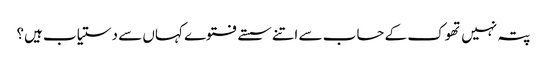
پتہ نہیں تھوک کے حساب سے اتنے سستے فتوے کہاں سے دستیاب ہیں؟